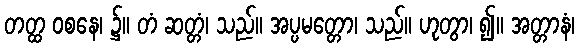
တတ္ထ ဝစနေ၊ ၌။ တံ ဆတ္တံ၊ သည်။ အပ္ပမတ္တော၊ သည်။ ဟုတွာ၊ ၍။ အတ္တာနံ၊